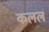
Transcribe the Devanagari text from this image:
कललं